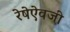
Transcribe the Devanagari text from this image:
रेषेऐवजी